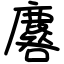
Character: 麔